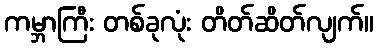
ကမ္ဘာကြီး တစ်ခုလုံး တိတ်ဆိတ်လျက်။